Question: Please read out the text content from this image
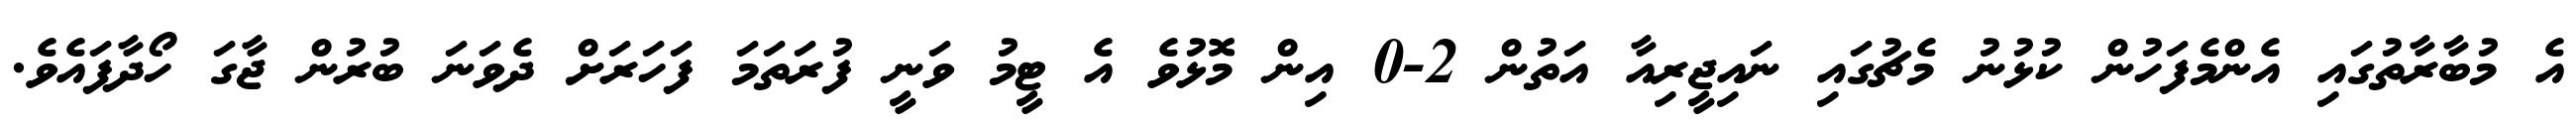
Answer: އެ މުބާރާތުގައި އެންމެފަހުން ކުޅުނު މެޗުގައި ނައިޖީރިއާ އަތުން 2-0 އިން މޮޅުވެ އެ ޓީމު ވަނީ ފުރަތަމަ ފަހަރަށް ދެވަނަ ބުރުން ޖާގަ ހޯދާފައެވެ.